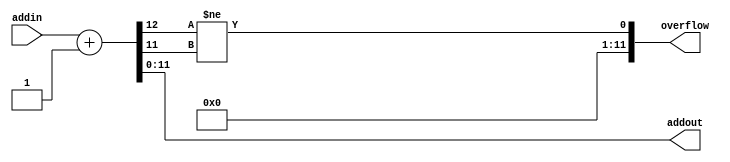
module add4
#(parameter size=12)
(input [size-1:0] addin,
 output [size-1:0] addout,overflow
);

	
	reg signed[size-1:0] inner_result;
	reg inner_cout;
	
	assign addout = inner_result;
	assign overflow = inner_cout != inner_result[size-1];

always @(addin)
begin
{inner_cout, inner_result} = addin + 3'd1;  // ADD+4
end

endmodule